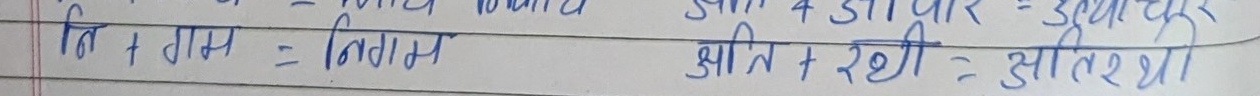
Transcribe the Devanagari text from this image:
नि + गम = निगम
क्षाति + रथी = क्षतिरथी